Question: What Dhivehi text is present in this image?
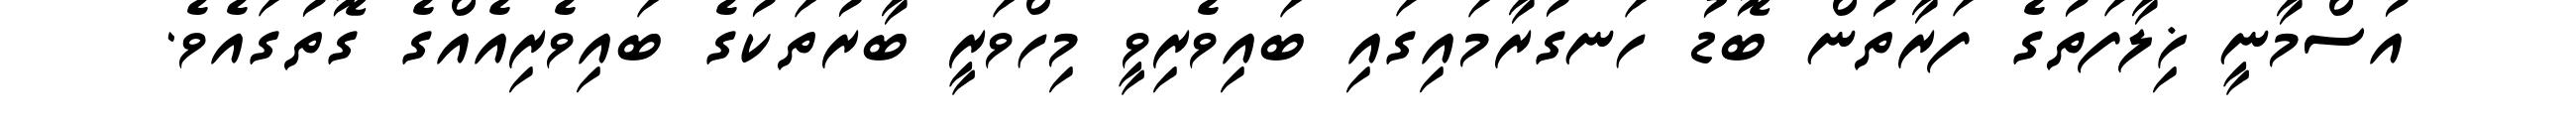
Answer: އުސްމާނީ ޚިލާފަތުގެ ފަރާތުން ބޮޑު ހަނގުރާމައިގައި ބައިވެރިވީ މިހްވަރީ ބާރުތަކުގެ ބައިވެރިއެއްގެ ގޮތުގައެވެ.